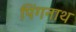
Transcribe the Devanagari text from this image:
पिंगनाथ